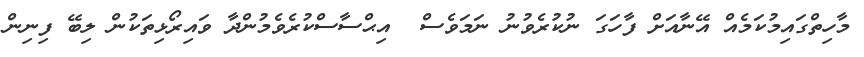
މާހިތްގައިމުކަމެއް އޭނާއަށް ފާހަގަ ނުކުރެވުނު ނަމަވެސް  އިޙްސާސްކުރެވެމުންދާ ވައިރޯޅިތަކުން ލިބޭ ފިނިން